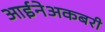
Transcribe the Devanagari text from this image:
आईनेअकबरी